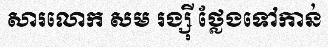
សារលោក សម រង្ស៊ី ថ្លែងទៅកាន់